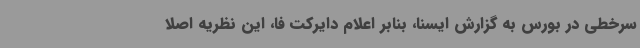
سرخطی در بورس به گزارش ایسنا، بنابر اعلام دایرکت فا، این نظریه اصلا